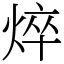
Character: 焠